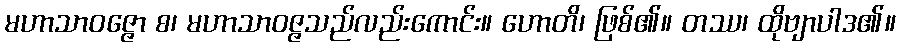
မဟာသာဝဇ္ဇော စ၊ မဟာသာဝဇ္ဇသည်လည်းကောင်း။ ဟောတိ၊ ဖြစ်၏။ တဿ၊ ထိုဗျာပါဒ၏။